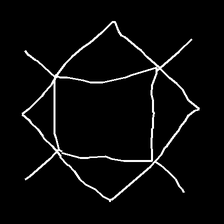
Glyph: light